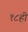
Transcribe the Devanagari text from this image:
१८ही